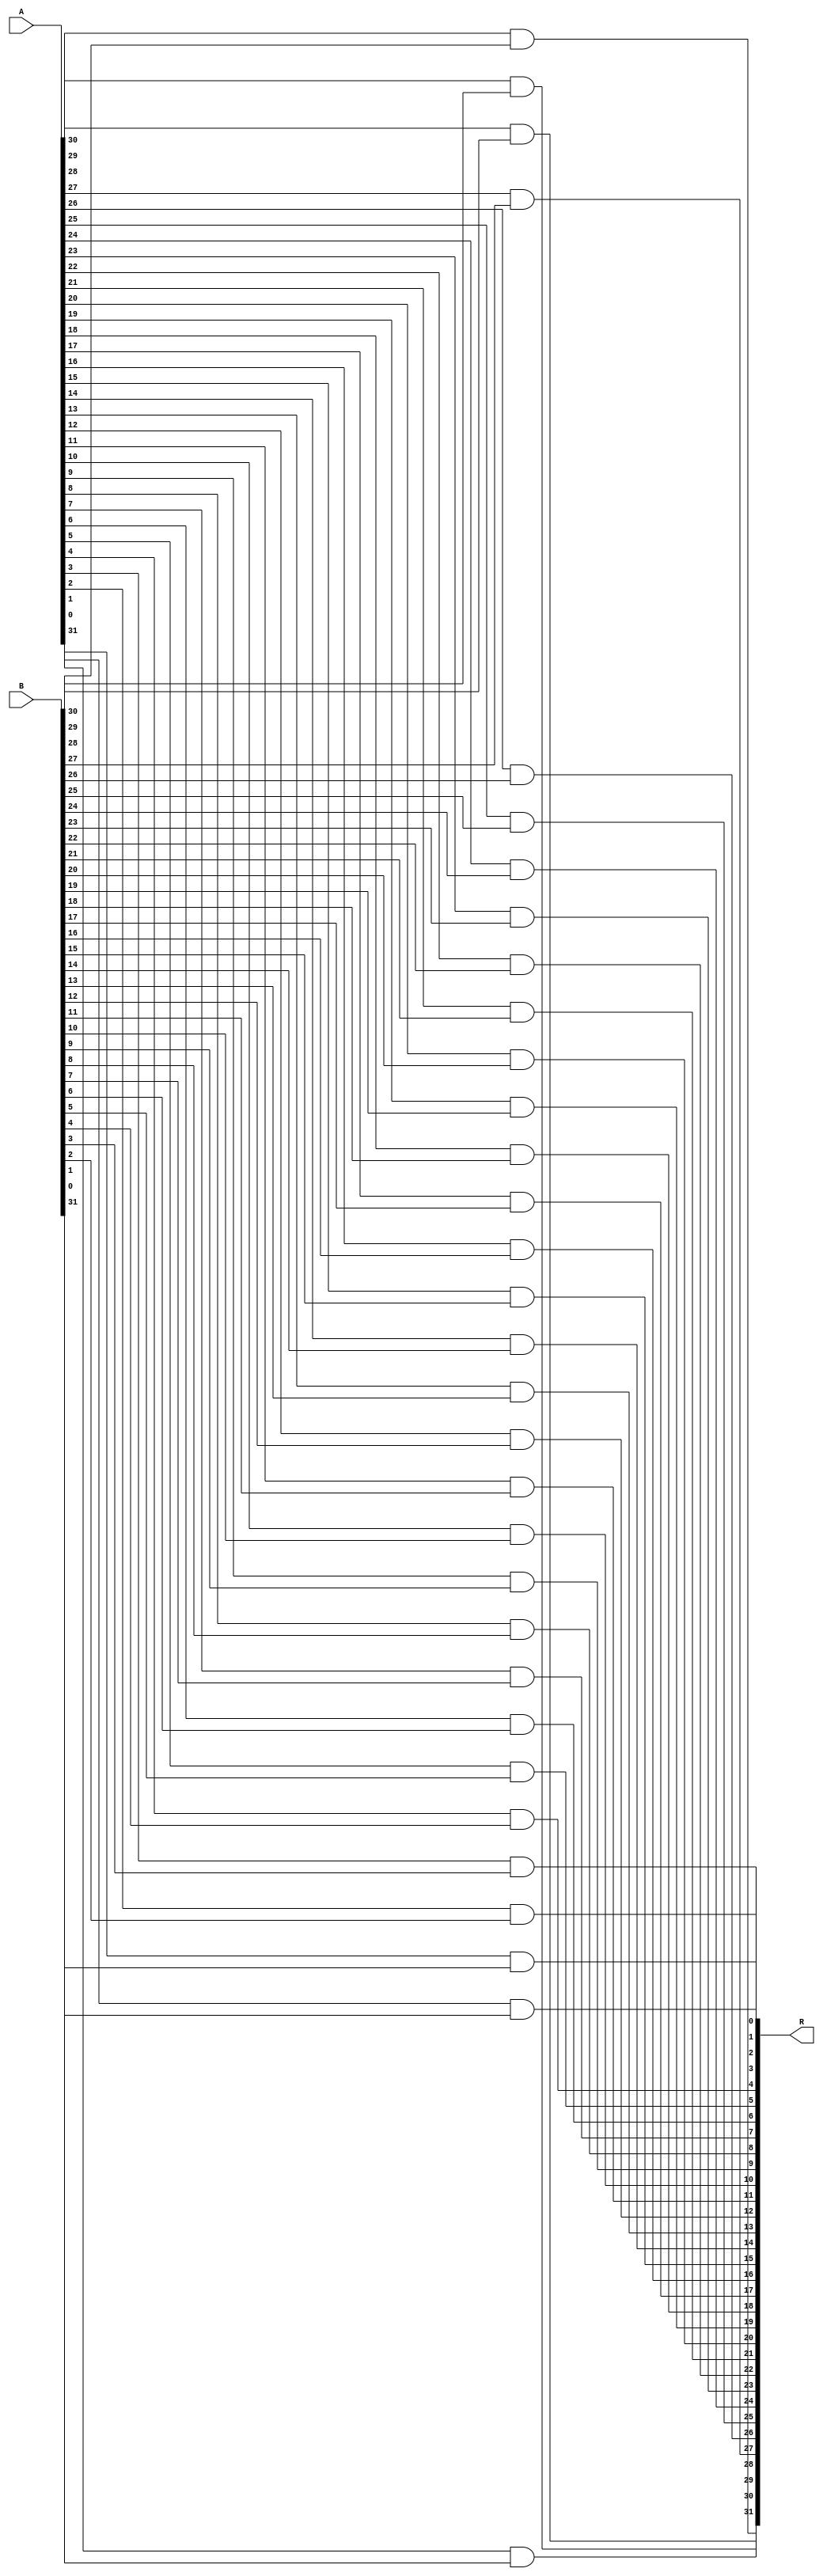
module and32(
	input [31:0]A,
	input [31:0]B,
	output [31:0]R
	);

	
	// and 32 bits one by one
	and and31(R[31],A[31],B[31]);
	and and30(R[30],A[30],B[30]);
	and and29(R[29],A[29],B[29]);
	and and28(R[28],A[28],B[28]);
	and and27(R[27],A[27],B[27]);
	and and26(R[26],A[26],B[26]);
	and and25(R[25],A[25],B[25]);
	and and24(R[24],A[24],B[24]);
	and and23(R[23],A[23],B[23]);
	and and22(R[22],A[22],B[22]);
	and and21(R[21],A[21],B[21]);
	and and20(R[20],A[20],B[20]);
	and and19(R[19],A[19],B[19]);
	and and18(R[18],A[18],B[18]);
	and and17(R[17],A[17],B[17]);
	and and16(R[16],A[16],B[16]);
	and and15(R[15],A[15],B[15]);
	and and14(R[14],A[14],B[14]);
	and and13(R[13],A[13],B[13]);
	and and12(R[12],A[12],B[12]);
	and and11(R[11],A[11],B[11]);
	and and10(R[10],A[10],B[10]);
	and and9(R[9],A[9],B[9]);
	and and8(R[8],A[8],B[8]);
	and and7(R[7],A[7],B[7]);
	and and6(R[6],A[6],B[6]);
	and and5(R[5],A[5],B[5]);
	and and4(R[4],A[4],B[4]);
	and and3(R[3],A[3],B[3]);
	and and2(R[2],A[2],B[2]);
	and and1(R[1],A[1],B[1]);
	and and0(R[0],A[0],B[0]);
	

endmodule